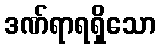
ဒဏ်ရာရရှိသော